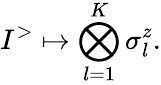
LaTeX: I^{>}\mapsto\bigotimes_{l=1}^{K}\sigma_{l}^{z}.